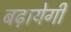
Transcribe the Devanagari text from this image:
बढ़ायेगी